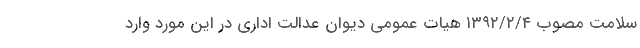
سلامت مصوب ۱۳۹۲/۲/۴ هیات عمومی دیوان عدالت اداری در این مورد وارد